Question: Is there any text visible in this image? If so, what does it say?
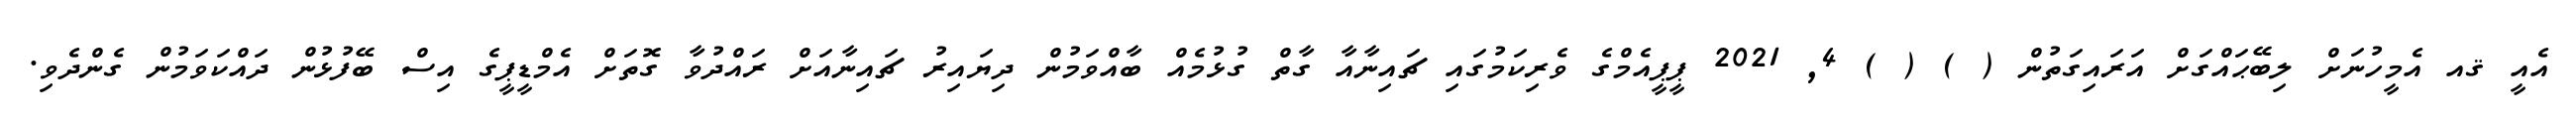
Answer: އެއީ ޤއ އެމީހުނަށް ލިބޭޙައްގަށް އަރައިގަތުން ( ) ( ) 4, 2021 ޕީޕީއެމްގެ ވެރިކަމުގައި ޗައިނާއާ ގާތް ގުޅުމެއް ބާއްވަމުން ދިޔައިރު ޗައިނާއަށް ރައްދުވާ ގޮތަށް އެމްޑީޕީގެ އިސް ބޭފުޅުން ދައްކަވަމުން ގެންދެވި.